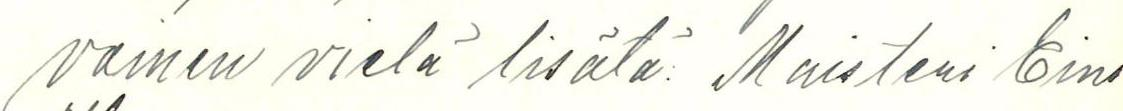
voinen vielä lisätä: Maisteri Eino